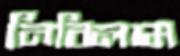
নিবিলাম